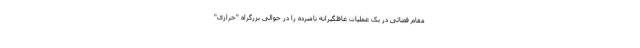
مقام قضائی در یک عملیات غافلگیرانه نامبرده را در حوالی بزرگراه "خرازی"